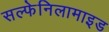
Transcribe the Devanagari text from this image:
सल्फेनिलामाइड